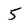
Character: 5